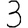
Digit: 3